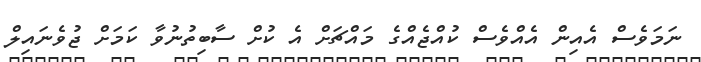
ނަމަވެސް އެއިން އެއްވެސް ކުއްޖެއްގެ މައްޗަށް އެ ކުށް ސާބިތުނުވާ ކަމަށް ޖުވެނައިލް